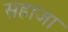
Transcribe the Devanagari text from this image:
सहाजा